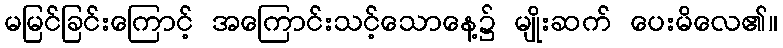
မမြင်ခြင်းကြောင့် အကြောင်းသင့်သောနေ့၌ မျိုးဆက် ပေးမိလေ၏။